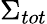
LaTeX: \Sigma_{tot}